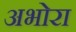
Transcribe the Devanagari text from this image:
अभोरा